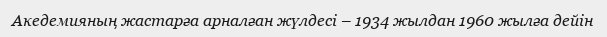
Акедемияның жастарға арналған жүлдесі – 1934 жылдан 1960 жылға дейін